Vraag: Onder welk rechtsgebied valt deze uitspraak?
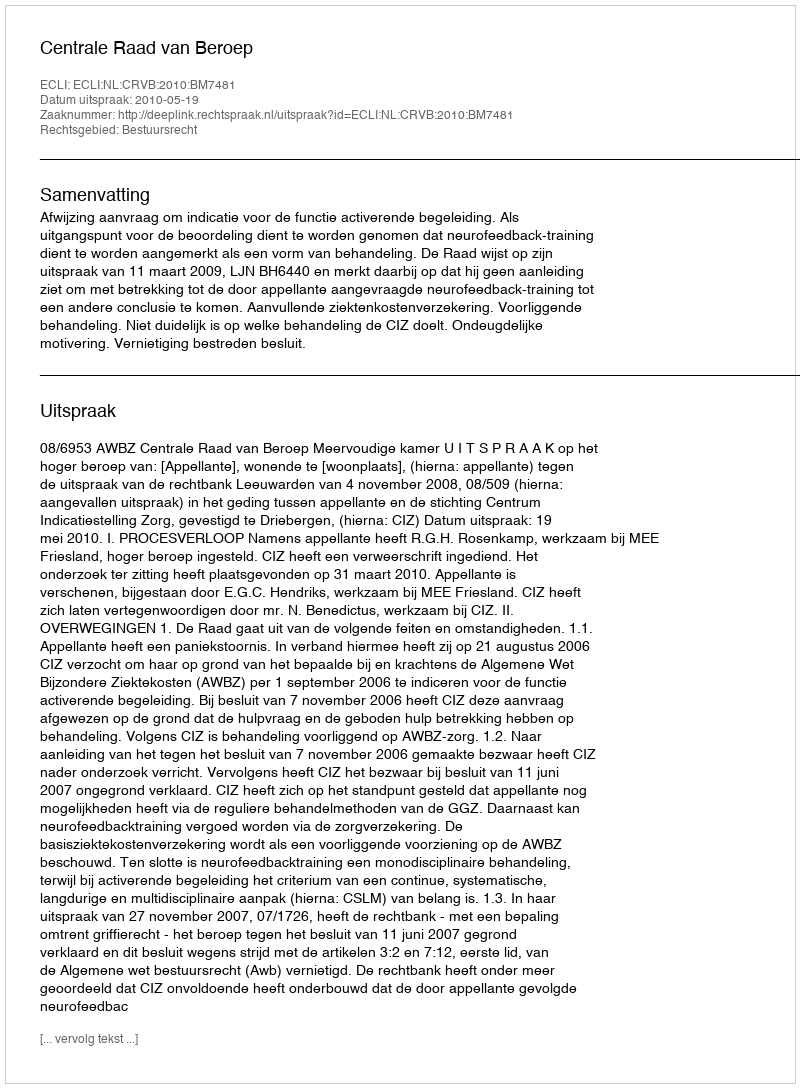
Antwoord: Bestuursrecht